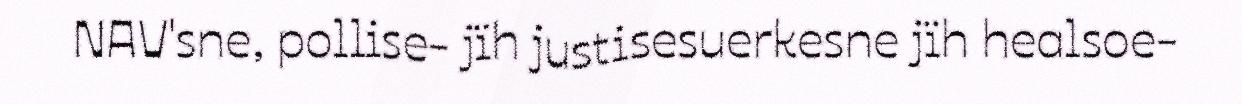
NAV'sne, pollise- jïh justisesuerkesne jïh healsoe-